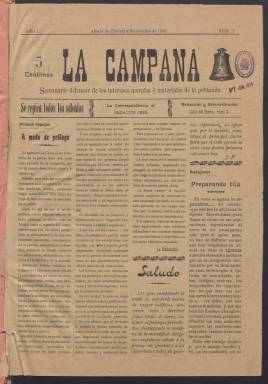
Título: La Campana (Alcalá de Chivert)
Colección: Periódicos
Ámbito geográfico: Castellón
Lugar de publicación: Alcalá de Chivert [Castellón]
Fechas: 04/11/1905-07/04/1906